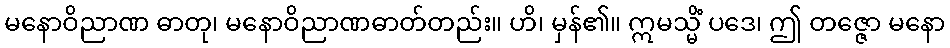
မနောဝိညာဏ ဓာတု၊ မနောဝိညာဏဓာတ်တည်း။ ဟိ၊ မှန်၏။ ဣမသ္မိံ ပဒေ၊ ဤ တဇ္ဇော မနော